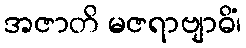
အဇာတိ မဇရာဗျာဓိံ၊